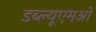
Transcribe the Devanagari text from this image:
डब्ल्यूएमओ